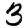
Digit: 3